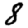
Digit: 8